Report on vaccination proceedings throughout the Government of Bengal -
Year: 1868
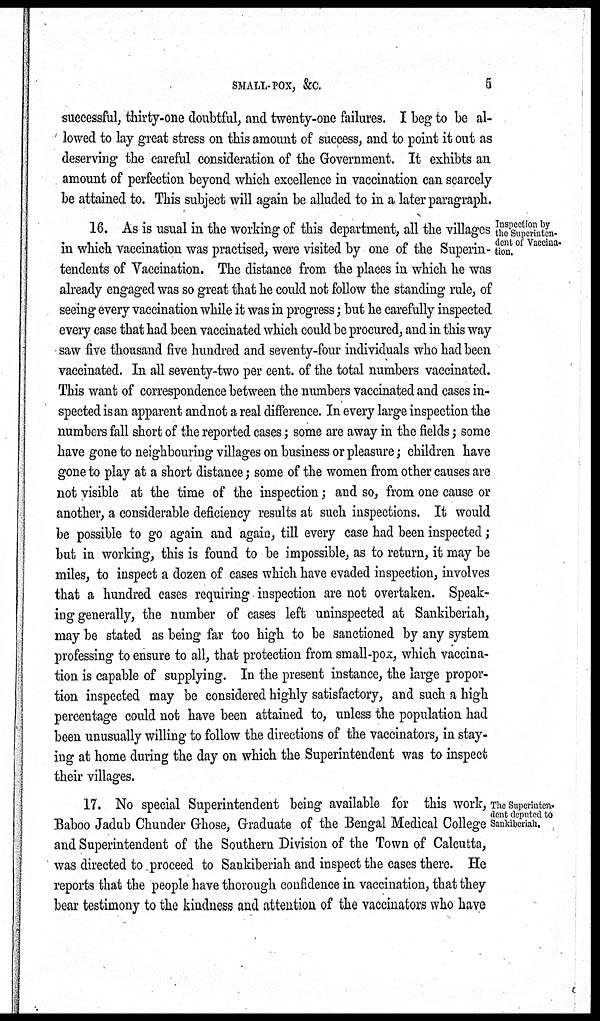
SMALL-POX, &C.
5
successful, thirty-one doubtful, and twenty-one failures. I beg to be al-
lowed to lay great stress on this amount of success, and to point it out as
deserving the careful consideration of the Government. It exhibts an
amount of perfection beyond which excellence in vaccination can scarcely
be attained to. This subject will again be alluded to in a later paragraph.
Inspection by
the Superinten-
dent of Vaccina-
tion.
16. As is usual in the working of this department, all the villages
in which vaccination was practised, were visited by one of the Superin-
tendents of Vaccination. The distance from the places in which he was
already engaged was so great that he could not follow the standing rule, of
seeing every vaccination while it was in progress; but he carefully inspected
every case that had been vaccinated which could be procured, and in this way
saw five thousand five hundred and seventy-four individuals who had been
vaccinated. In all seventy-two per cent. of the total numbers vaccinated.
This want of correspondence between the numbers vaccinated and cases in-
spected is an apparent and not a real difference. In every large inspection the
numbers fall short of the reported cases; some are away in the fields; some
have gone to neighbouring villages on business or pleasure; children have
gone to play at a short distance; some of the women from other causes are
not visible at the time of the inspection; and so, from one cause or
another, a considerable deficiency results at such inspections. It would
be possible to go again and again, till every case had been inspected;
but in working, this is found to be impossible, as to return, it may be
miles, to inspect a dozen of cases which have evaded inspection, involves
that a hundred cases requiring inspection are not overtaken. Speak-
ing generally, the number of cases left uninspected at Sankiberiah,
may be stated as being far too high to be sanctioned by any system
professing to ensure to all, that protection from small-pox, which vaccina-
tion is capable of supplying. In the present instance, the large propor-
tion inspected may be considered highly satisfactory, and such a high
percentage could not have been attained to, unless the population had
been unusually willing to follow the directions of the vaccinators, in stay-
ing at home during the day on which the Superintendent was to inspect
their villages.
The Superinten-
dent deputed to
Sankiberiah.
17. No special Superintendent being available for this work,
Baboo Jadub Chunder Ghose, Graduate of the Bengal Medical College
and Superintendent of the Southern Division of the Town of Calcutta,
was directed to proceed to Sankiberiah and inspect the cases there. He
reports that the people have thorough confidence in vaccination, that they
bear testimony to the kindness and attention of the vaccinators who have